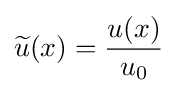
{\widetilde {u}}(x)={\frac {u(x)}{u_{0}}}